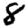
Digit: 8